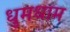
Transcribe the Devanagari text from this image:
धुमधाम